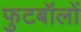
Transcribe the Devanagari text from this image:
फुटबॉलों